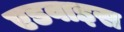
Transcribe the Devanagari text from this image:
एडवाइस